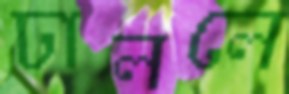
ঢাললে